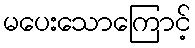
မပေးသောကြောင့်